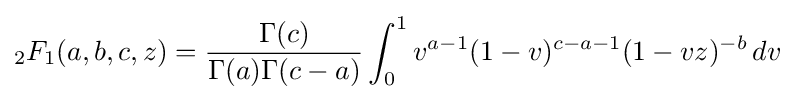
{_{2}F_{1}}(a,b,c,z)={\frac {\Gamma (c)}{\Gamma (a)\Gamma (c-a)}}\int _{0}^{1}v^{a-1}(1-v)^{c-a-1}(1-vz)^{-b}\,dv